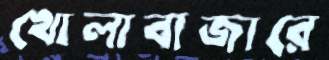
খোলাবাজারে